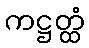
ကဋ္ဌတ္ထံ